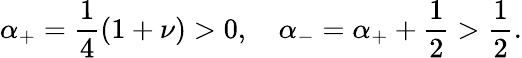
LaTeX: \alpha_{+}=\frac{1}{4}(1+\nu)>0,\quad\alpha_{-}=\alpha_{+}+\frac{1}{2}>\frac{1}{2}.